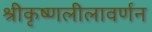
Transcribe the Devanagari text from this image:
श्रीकृष्णलीलावर्णन